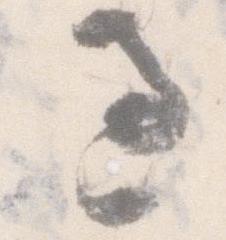
過